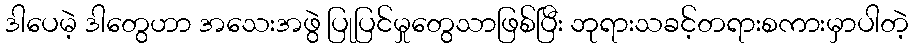
ဒါပေမဲ့ ဒါတွေဟာ အသေးအဖွဲ ပြုပြင်မှုတွေသာဖြစ်ပြီး ဘုရားသခင့်တရားစကားမှာပါတဲ့